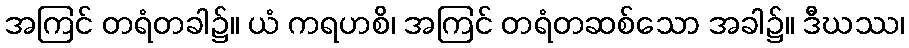
အကြင် တရံတခါ၌။ ယံ ကရဟစိ၊ အကြင် တရံတဆစ်သော အခါ၌။ ဒီဃဿ၊